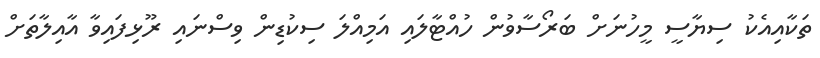
ތަކާއިއެކު ސިޔާސީ މީހުނަށް ބަރޯސާވުން ހުއްޓާލައި އަމިއްލަ ސިކުޑިން ވިސްނައި ރޫޅިފައިވާ އާއިލާތަށް